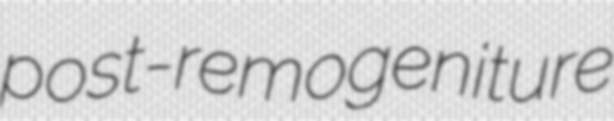
post-remogeniture